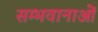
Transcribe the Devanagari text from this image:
सम्भवानाओं